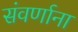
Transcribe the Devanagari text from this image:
संवर्णाना